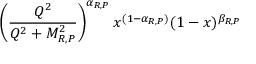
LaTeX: \left( \frac { Q ^ { 2 } } { Q ^ { 2 } + M _ { R , P } ^ { 2 } } \right) ^ { \alpha _ { R , P } } x ^ { ( 1 - \alpha _ { R , P } ) } ( 1 - x ) ^ { \beta _ { R , P } }